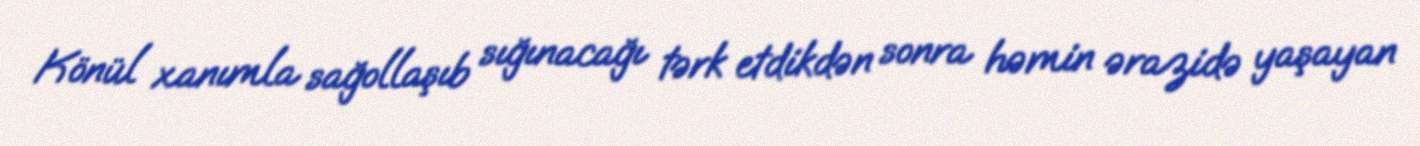
Könül xanımla sağollaşıb sığınacağı tərk etdikdən sonra həmin ərazidə yaşayan